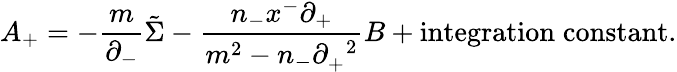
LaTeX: A_{+}=-\frac{m}{{\partial}_{-}}\tilde{\Sigma}-\frac{n_{-}x^{-}{\partial}_{+}}{m^{2}-n_{-}{\partial}_{+}^{\; \; 2}}B+\mathrm{integration\; constant}.